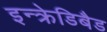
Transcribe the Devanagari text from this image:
इन्क्रेडिबैड